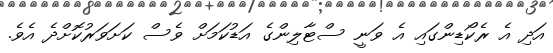
އަދި އެ ރެކޯޑިންގައި އެ ވަނީ ސްޓާލިންގެ އަޑުކަމަށް ވެސް ކަށަވަރުކޮށްދެ އެވެ.